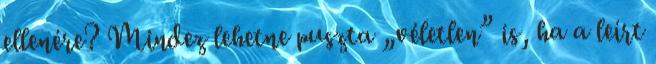
ellenére? Mindez lehetne puszta „véletlen” is, ha a leírt